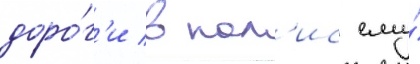
доро́г'и в пол'ис ему́